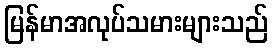
မြန်မာအလုပ်သမားများသည်